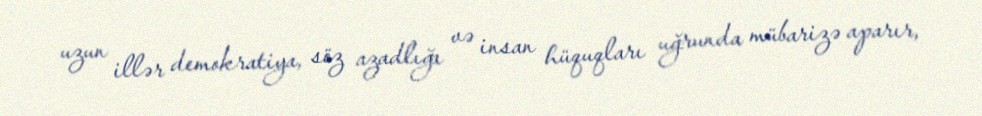
uzun illər demokratiya, söz azadlığı və insan hüquqları uğrunda mübarizə aparır,